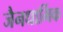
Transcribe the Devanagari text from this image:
जैनधार्मिक